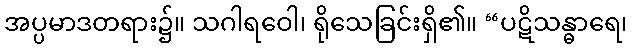
အပ္ပမာဒတရား၌။ သဂါရဝေါ၊ ရိုသေခြင်းရှိ၏။ “ပဋိသန္ဓာရေ၊